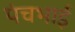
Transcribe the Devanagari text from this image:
पंचभाई